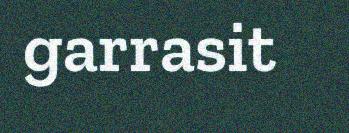
garrasit